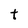
Character: t